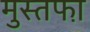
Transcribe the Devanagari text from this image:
मुस्तफा़